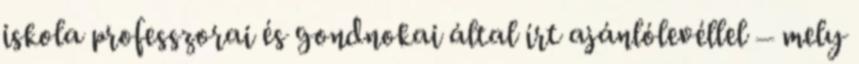
iskola professzorai és gondnokai által írt ajánlólevéllel – mely